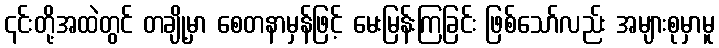
၎င်းတို့အထဲတွင် တချို့မှာ စေတနာမှန်ဖြင့် မေးမြန်းကြခြင်း ဖြစ်သော်လည်း အများစုမှာမူ